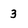
Character: 3